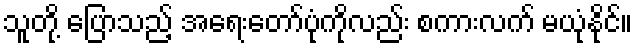
သူတို့ ပြောသည့် အရေးတော်ပုံကိုလည်း စကားလက် မယုံနိုင်။